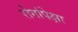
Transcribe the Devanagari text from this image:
रोगांपेक्षा